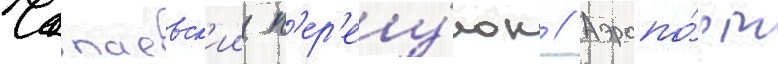
Чапаевск'ии п'ер'еу́лок // Аэропо́рт